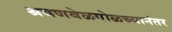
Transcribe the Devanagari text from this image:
श्रवणबेळगोळच्यानंतर